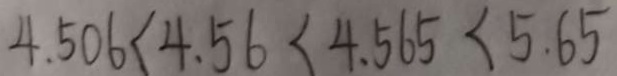
4 . 5 0 6 < 4 . 5 6 < 4 . 5 6 5 < 5 . 6 5